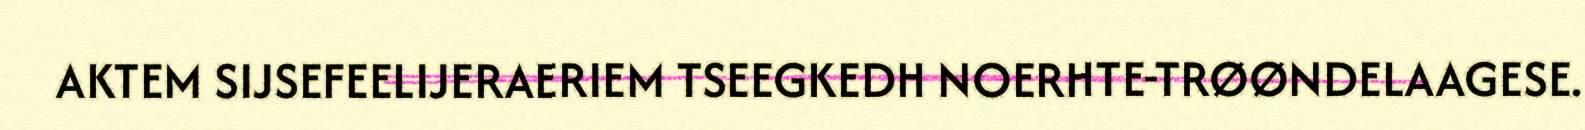
AKTEM SIJSEFEELIJERAERIEM TSEEGKEDH NOERHTE-TRØØNDELAAGESE.